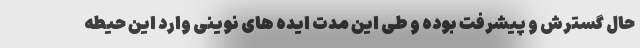
حال گسترش و پیشرفت بوده و طی این مدت ایده های نوینی وارد این حیطه